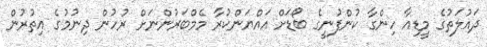
ދައުލަތުގެ މީޑިއާ ހިންގާ ކުންފުނީގެ ބޯޑަށް އައްޔަންކުރާ މެމްބަރުންނަށް ރުހުން ދިނުމުގެ އިތުރުން